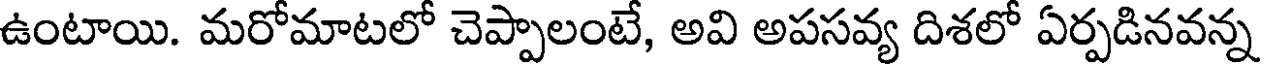
ఉంటాయి. మరోమాటలో చెప్పాలంటే, అవి అపసవ్య దిశలో ఏర్పడినవన్న